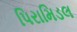
પિરામિડલ